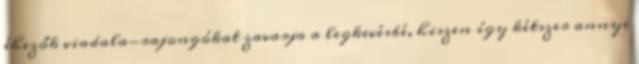
éhezők viadala-rajongókat zavarja a legkevésbé, hiszen így kétszer annyi